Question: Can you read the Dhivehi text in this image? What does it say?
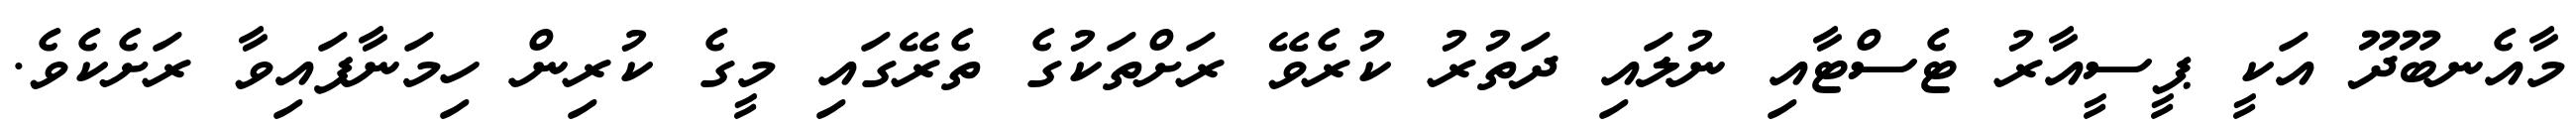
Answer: މާއެނބޫދޫ އަކީ ޕީސީއާރު ޓެސްޓާއި ނުލައި ދަތުރު ކުރެވޭ ރަށްތަކުގެ ތެރޭގައި މީގެ ކުރިން ހިމަނާފައިވާ ރަށެކެވެ.